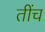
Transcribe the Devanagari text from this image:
तींच